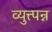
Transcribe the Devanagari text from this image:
व्युत्त्पन्न